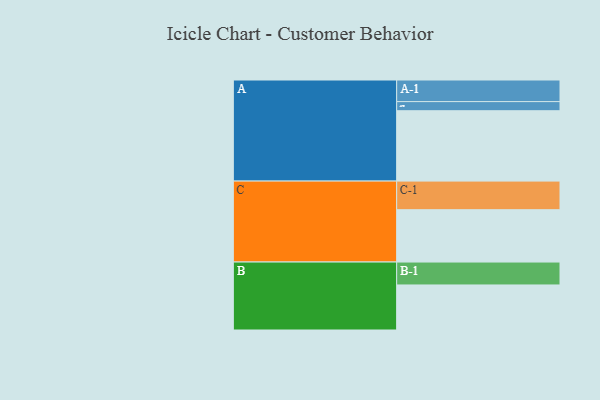
{"axis": {"x": "Segment", "y": "Value"}, "legend": ["", "A", "B", "C"], "data": [{"x": "A", "y": 531, "type": ""}, {"x": "B", "y": 340, "type": ""}, {"x": "C", "y": 395, "type": ""}, {"x": "A-1", "y": 163, "type": "A"}, {"x": "A-2", "y": 69, "type": "A"}, {"x": "B-1", "y": 173, "type": "B"}, {"x": "C-1", "y": 216, "type": "C"}]}